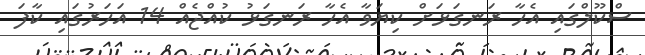
ސްކޫލްގައި އެހާ ރަނގަޅަށް ކިޔަވާ އެހާ ރަނގަޅު ކުއްޖެއް 14 އަހަރުގައި ކާފަ